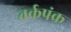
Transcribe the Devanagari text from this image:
तर्कपंक